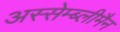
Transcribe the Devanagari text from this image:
अस्सेम्ब्लीमैन